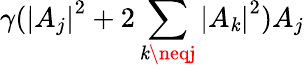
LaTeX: \gamma({|A_{j}|}^{2}+2\sum_{\mathit{k}\neqj}{|A_{\mathit{k}}|}^{2})A_{j}